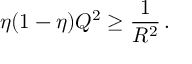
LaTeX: \eta ( 1 - \eta ) Q ^ { 2 } \geq \frac 1 { R ^ { 2 } } \, .